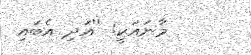
މާނައަކީ: ''އަދި އެބައި